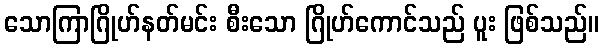
သောကြာဂြိုဟ်နတ်မင်း စီးသော ဂြိုဟ်ကောင်သည် ပူး ဖြစ်သည်။